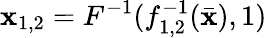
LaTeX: \mathbf{x}_{1,2}=F^{-1}(f_{1,2}^{-1}(\bar{{\mathbf{x}}}),1)